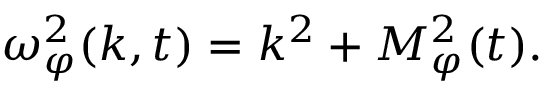
\omega _ { \varphi } ^ { 2 } ( k , t ) = k ^ { 2 } + { \cal M } _ { \varphi } ^ { 2 } ( t ) .